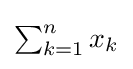
{\textstyle \sum _{k=1}^{n}x_{k}}